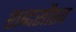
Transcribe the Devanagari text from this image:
शब्दसौष्ठव